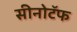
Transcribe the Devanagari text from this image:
सीनोटॅफ